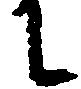
に